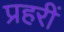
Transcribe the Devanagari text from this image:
प्रहरीं